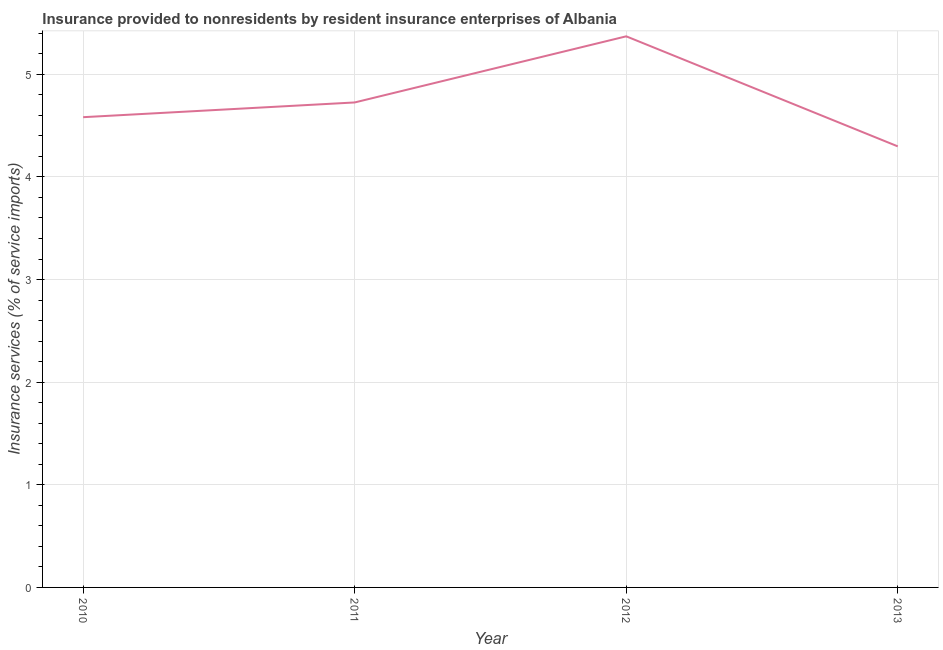
| Year | Insurance and financial services |
 | --- | --- |
 | 2010 | 4.58 |
 | 2011 | 4.73 |
 | 2012 | 5.37 |
 | 2013 | 4.3 |